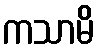
ကသာမိ